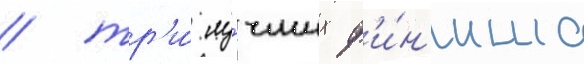
/ тр'и́ лу́чших ф'и́н'иша